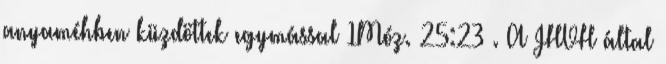
anyaméhben küzdöttek egymással 1Móz. 25:23 . A JHVH által